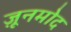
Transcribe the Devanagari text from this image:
ज़ूनमोद